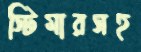
স্টিমারসহ